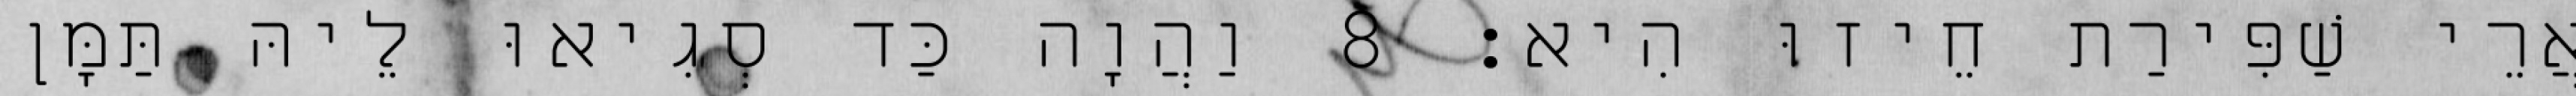
אֲרֵי שַׁפִּירַת חֵיזוּ הִיא׃ 8 וַהֲוָה כַּד סְגִיאוּ לֵיהּ תַּמָּן